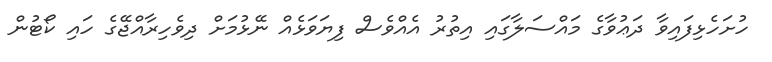
ހުށަހެޅިފައިވާ ދަޢުވާގެ މައްސަލާގައި އިތުރު އެއްވެސް ފިޔަވަޅެއް ނޭޅުމަށް ދިވެހިރާއްޖޭގެ ހައި ކޯޓުން